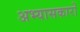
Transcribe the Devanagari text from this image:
अभ्‍यासकारों